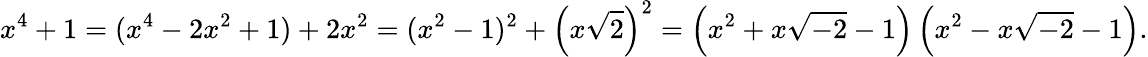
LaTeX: x^{4}+1=(x^{4}-2x^{2}+1)+2x^{2}=(x^{2}-1)^{2}+\left(x{\sqrt{2}}\right)^{2}=\left(x^{2}+x{\sqrt{-2}}-1\right)\left(x^{2}-x{\sqrt{-2}}-1\right).